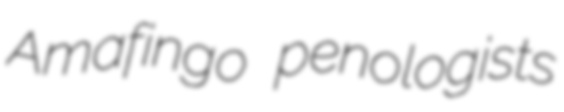
Amafingo penologists